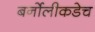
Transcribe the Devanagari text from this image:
बर्नोलीकडेच